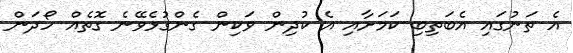
އެ ތަނުގައި އެބަތިބި ކަމަށާއި އެ ކުދިން ވަކިން ގެންގުޅެވޭނެ ގޮތެއް ހޯދަން